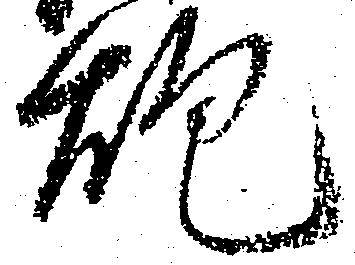
砲